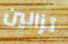
تزالين